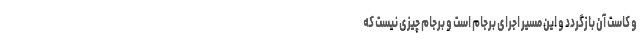
و کاست آن بازگردد و این مسیر اجرای برجام است و برجام چیزی نیست که